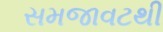
સમજાવટથી